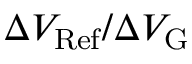
\Delta V _ { \mathrm { R e f } } / \Delta V _ { \mathrm { G } }